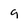
Character: g